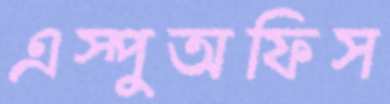
এস্পুঅফিস